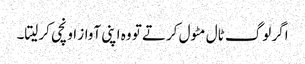
اگر لوگ ٹال مٹول کرتے تو وہ اپنی آواز اونچی کرلیتا۔